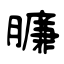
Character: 臁